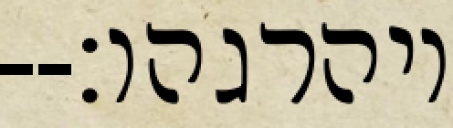
ויהרגהו׃--